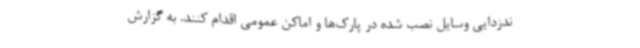
ندزدایی وسایل نصب شده در پارک‌ها و اماکن عمومی اقدام کنند. به گزارش